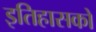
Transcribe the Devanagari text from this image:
इतिहासको